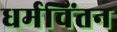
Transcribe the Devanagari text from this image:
धर्मचिंतन